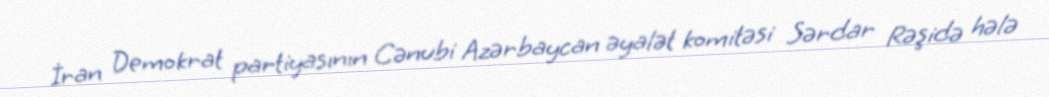
İran Demokrat partiyasının Cənubi Azərbaycan əyalət komitəsi Sərdar Rəşidə hələ